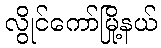
လွိုင်ကော်မြို့နယ်